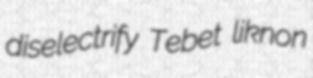
diselectrify Tebet liknon